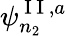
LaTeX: \psi_{n_{2}}^{\mathrm{~I~I~},a}